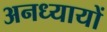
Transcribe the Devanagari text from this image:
अनध्यायों